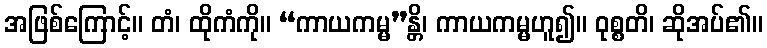
အဖြစ်ကြောင့်။ တံ၊ ထိုကံကို။ “ကာယကမ္မ”န္တိ၊ ကာယကမ္မဟူ၍။ ဝုစ္စတိ၊ ဆိုအပ်၏။